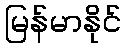
မြန်မာနိုင်